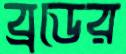
ব্রডের